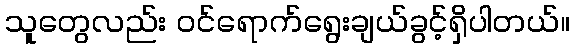
သူတွေလည်း ဝင်ရောက်ရွေးချယ်ခွင့်ရှိပါတယ်။